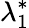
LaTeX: \lambda_{1}^{*}